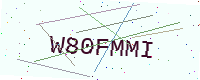
Text: W80FMMI